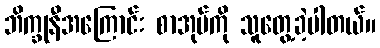
ဘိက္ခုနီအကြောင်း စာအုပ်ကို သူတွေ့ခဲ့ပါတယ်။